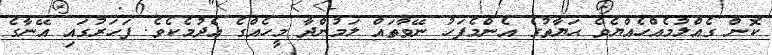
ކޮން ގެއްލުމެއްހެއްޔެވެ ޙަޔާތުގެ އެންމެފަހު ނޭވާތައް ލަމުންދާ މީހެއްގެ އެދުމެކެވެ. ފަހަރުގައި އޭނާގެ